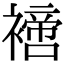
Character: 𧝐